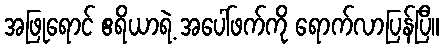
အဖြုရောင် ဧရိယာရဲ့ အပေါ်ဖက်ကို ရောက်လာပြန်ပြီ။